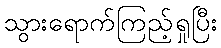
သွားရောက်ကြည့်ရှုပြီး